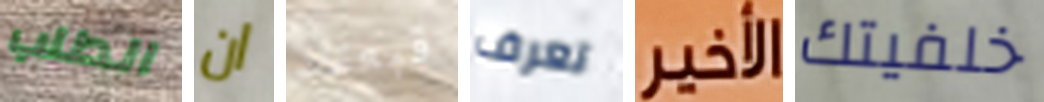
الطلب ان قبعتك تعرف الـأخير خلفيتك